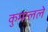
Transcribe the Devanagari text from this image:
कुमालले